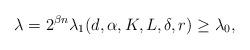
LaTeX: \begin{align*} \lambda = 2^{ \beta n} \lambda_1 (d, \alpha, K, L, \delta, r) \ge \lambda_0, \end{align*}